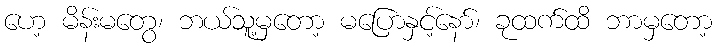
ဟေ့ မိန်းမတွေ၊ ဘယ်သူ့မှတော့ မပြောနှင့်နော်၊ ခုထက်ထိ ဘာမှတော့